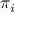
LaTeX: \textstyle \pi _ { i }